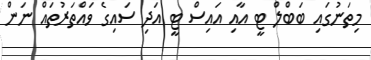
މިތަނުގައި ބަބްލް ޓީ އާއި އައިސް ޓީ އަދި ސައިގެ ވައްތަރުތައް ނަން